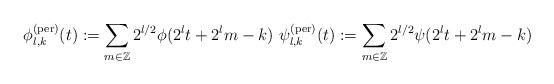
LaTeX: \begin{align*}\phi^{(\mathrm{per})}_{l,k} (t) := \sum_{m\in\mathbb{Z}} 2^{l/2} \phi ( 2^{l} t + 2^{l} m - k) \ \psi^{(\mathrm{per})}_{l,k} (t) := \sum_{m\in\mathbb{Z}} 2^{l/2} \psi ( 2^{l} t + 2^{l} m - k)\end{align*}